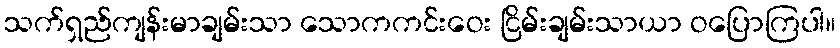
သက်ရှည်ကျန်းမာချမ်းသာ သောကကင်းဝေး ငြိမ်းချမ်းသာယာ ဝပြောကြပါ။